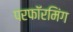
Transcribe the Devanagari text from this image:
परफॉरमिंग